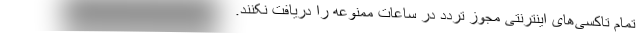
تمام تاکسی‌های اینترنتی مجوز تردد در ساعات ممنوعه را دریافت نکنند.